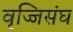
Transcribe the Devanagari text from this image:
वृज्जिसंघ